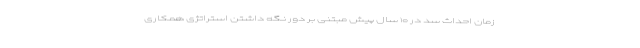
زمان احداث سد در ۱۰ سال پیش مبتنی بر دور نگه داشتن استراتژی همکاری